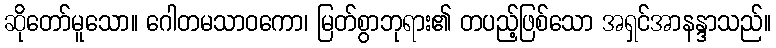
ဆိုတော်မူသော။ ဂေါတမသာဝကော၊ မြတ်စွာဘုရား၏ တပည့်ဖြစ်သော အရှင်အာနန္ဒာသည်။